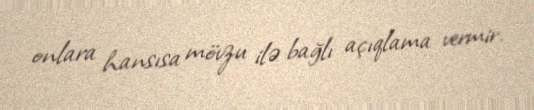
onlara hansısa mövzu ilə bağlı açıqlama vermir.